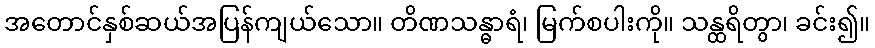
အတောင်နှစ်ဆယ်အပြန်ကျယ်သော။ တိဏသန္ဓာရံ၊ မြက်စပါးကို။ သန္ထရိတွာ၊ ခင်း၍။